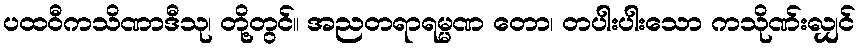
ပထဝီကသိဏာဒီသု၊ တို့တွင်။ အညတရာရမ္မဏ တော၊ တပါးပါးသော ကသိုဏ်းလျှင်